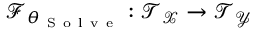
\mathcal { F } _ { \theta _ { \mathrm { ~ S ~ o ~ l ~ v ~ e ~ } } } : \mathcal { T } _ { \mathcal { X } } \to \mathcal { T } _ { \mathcal { Y } }